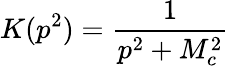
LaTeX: K(p^{2})=\frac{1}{p^{2}+M_{c}^{2}}